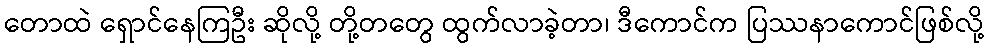
တောထဲ ရှောင်နေကြဦး ဆိုလို့ တို့တတွေ ထွက်လာခဲ့တာ၊ ဒီကောင်က ပြဿနာကောင်ဖြစ်လို့